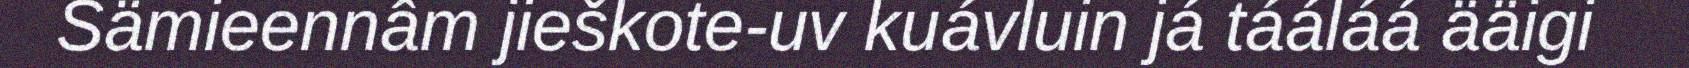
Sämieennâm jieškote-uv kuávluin já tááláá ääigi